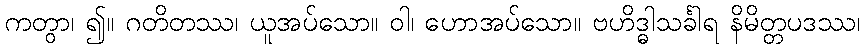
ကတွာ၊ ၍။ ဂတိတဿ၊ ယူအပ်သော။ ဝါ၊ ဟောအပ်သော။ ဗဟိဒ္ဓါသင်္ခါရ နိမိတ္တပဒဿ၊